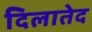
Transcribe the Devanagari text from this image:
दिलातेद